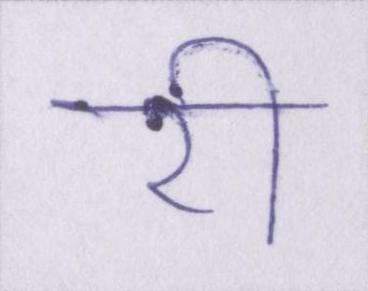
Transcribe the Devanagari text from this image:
री